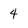
Character: 4